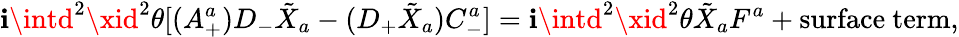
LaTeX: \mathbf{i}\intd^{2}\xid^{2}\theta[(A_{+}^{a})D_{-}\tilde{{X}}_{a}-(D_{+}\tilde{{X}}_{a})C_{-}^{a}]=\mathbf{i}\intd^{2}\xid^{2}\theta\tilde{{X}}_{a}F^{a}+\mathrm{{surface~term}},